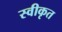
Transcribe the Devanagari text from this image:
स्वीकृत